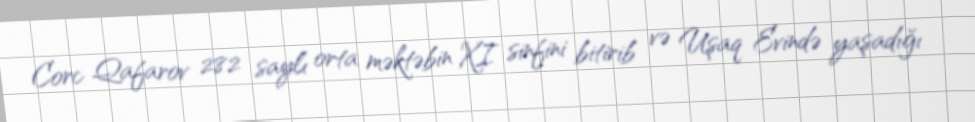
Corc Qafarov 282 saylı orta məktəbin XI sinfini bitirib və Uşaq Evində yaşadığı